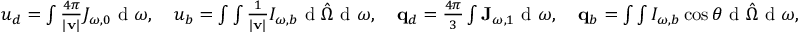
\begin{array} { r } { u _ { d } = \int \frac { 4 \pi } { | \mathbf v | } J _ { \omega , 0 } \textrm { d } \omega , \quad u _ { b } = \int \int \frac { 1 } { | \mathbf v | } I _ { \omega , b } \textrm { d } \hat { \boldsymbol \Omega } \textrm { d } \omega , \quad \mathbf q _ { d } = \frac { 4 \pi } { 3 } \int \mathbf J _ { \omega , 1 } \textrm { d } \omega , \quad \mathbf q _ { b } = \int \int I _ { \omega , b } \cos \theta \textrm { d } \hat { \boldsymbol \Omega } \textrm { d } \omega , } \end{array}